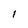
Character: 1